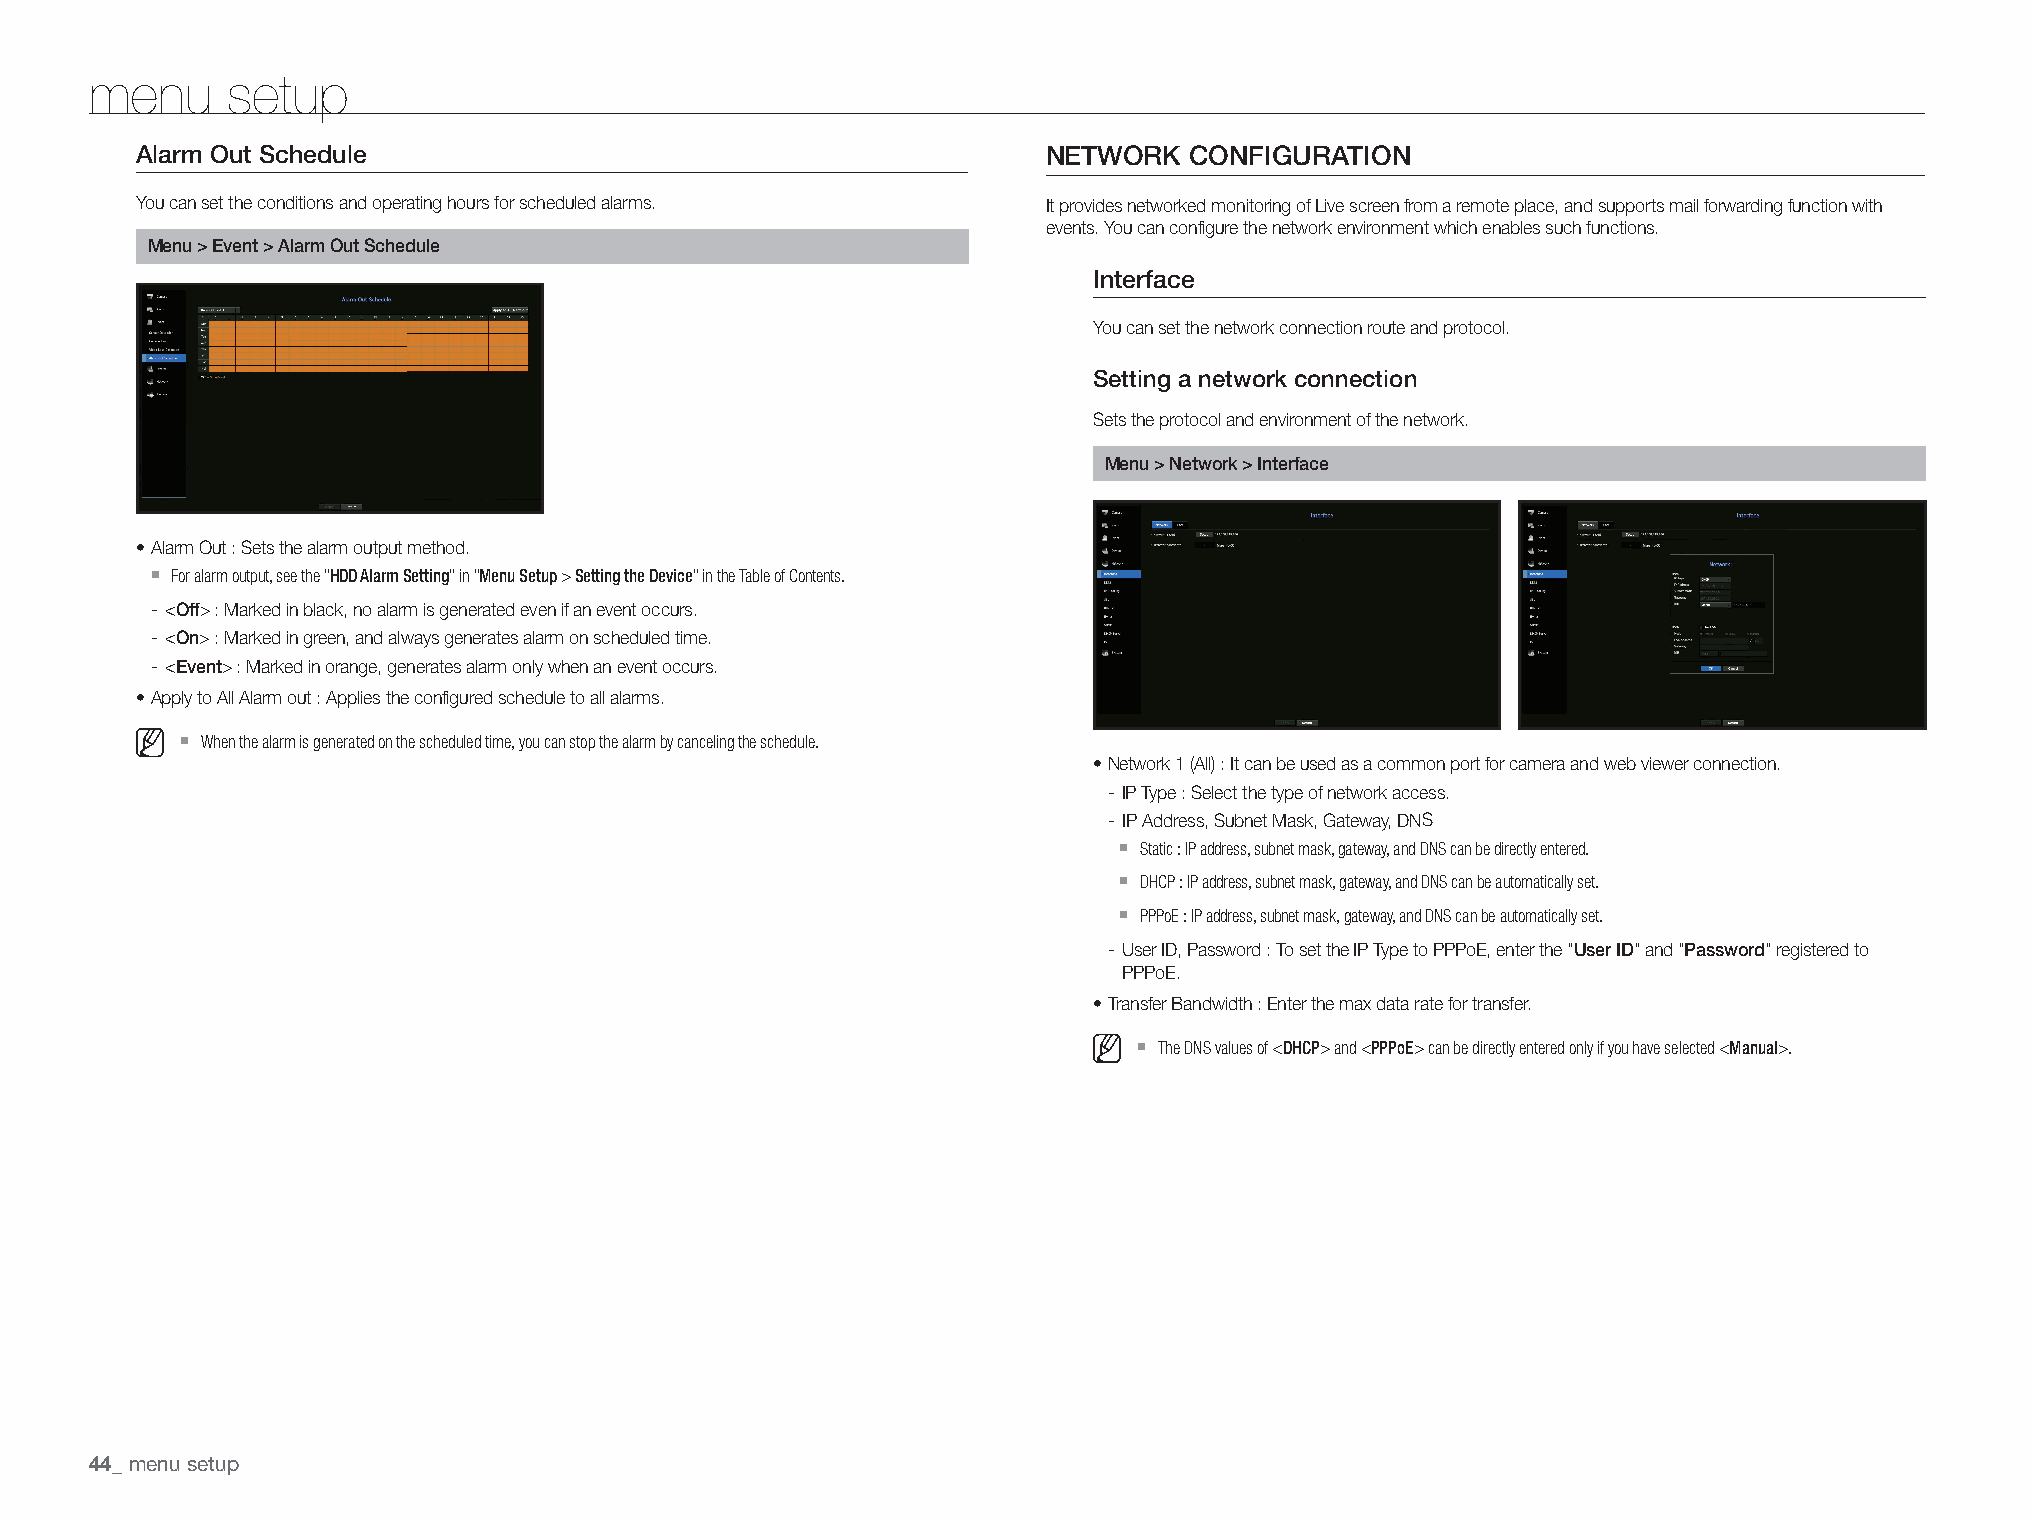
menu     setup
 Alarm Out Schedule                                          NETWORK   CONFIGURATION
 You can set the conditions and operating hours for scheduled alarms. It provides networked monitoring of Live screen from a remote place, and supports mail forwarding function with
 events. You can configure the network environment which enables such functions.
 Menu > Event > Alarm Out Schedule
 Interface
 You can set the network connection route and protocol.
 Setting a network connection
 Sets the protocol and environment of the network.
 Menu > Network > Interface
 • Alarm Out : Sets the alarm output method.
 `
 For alarm output, see the "HDD Alarm Setting" in "Menu Setup > Setting the Device" in the Table of Contents.
 - <Off> : Marked in black, no alarm is generated even if an event occurs.
 - <On> : Marked in green, and always generates alarm on scheduled time.
 - <Event> : Marked in orange, generates alarm only when an event occurs.
 • Apply to All Alarm out : Applies the configured schedule to all alarms.
 `
 When the alarm is generated on the scheduled time, you can stop the alarm by canceling the schedule.
 • Network 1 (All) : It can be used as a common port for camera and web viewer connection.
 - IP Type : Select the type of network access.
 - IP Address, Subnet Mask, Gateway, DNS
 `
 Static : IP address, subnet mask, gateway, and DNS can be directly entered.
 `
 DHCP : IP address, subnet mask, gateway, and DNS can be automatically set.
 `
 PPPoE : IP address, subnet mask, gateway, and DNS can be automatically set.
 - User ID, Password : To set the IP Type to PPPoE, enter the "User ID" and "Password" registered to
 PPPoE.
 • Transfer Bandwidth : Enter the max data rate for transfer.
 `
 The DNS values of <DHCP> and <PPPoE> can be directly entered only if you have selected <Manual>.
 menu setup
 44_